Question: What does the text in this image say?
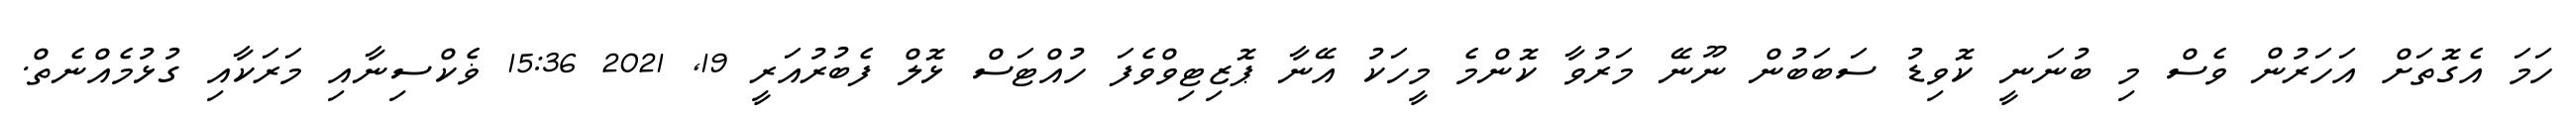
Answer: ހަމަ އެގޮތަށް އަހަރުން ވެސް މި ބުނަނީ ކޮވިޑު ސަބަބުން ނޫނޭ މަރުވާ ކޮންމެ މީހަކު އޭނާ ޕޮޒިޓިވްވެފަ ހުއްޓަސް ޅޮލް ފެބުރުއަރީ 19, 2021 15:36 ޥެކްސިނާއި މަރަކާއި ގުޅުމެއްނެތް.